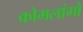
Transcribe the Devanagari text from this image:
कोमलांगों